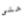
حتى